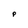
Character: P